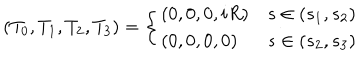
( T _ { 0 } , T _ { 1 } , T _ { 2 } , T _ { 3 } ) = \left\{ \begin{array} { l l } { { ( 0 , 0 , 0 , i R ) } } & { { s \in ( s _ { 1 } , s _ { 2 } ) } } \\ { { ( 0 , 0 , 0 , 0 ) } } & { { s \in ( s _ { 2 } , s _ { 3 } ) } } \\ \end{array} \right.